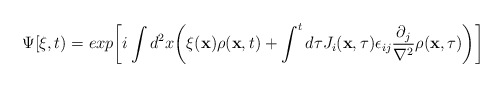
\begin{align*}\Psi[\xi ,t)=exp\biggl[i\int d^2 x\biggl(\xi({\bf x})\rho({\bf x},t)+\int^t d\tau J_i({\bf x},\tau)\epsilon_{ij}{\partial_j\over\nabla^2}\rho({\bf x},\tau)\biggr)\biggl]\end{align*}